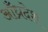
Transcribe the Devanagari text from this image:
आँध्रदेश